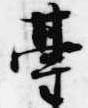
台